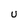
Character: U